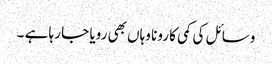
وسائل کی کمی کا رونا وہاں بھی رویا جا رہا ہے ۔